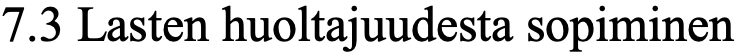
7.3 Lasten huoltajuudesta sopiminen